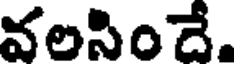
వలసిందే.